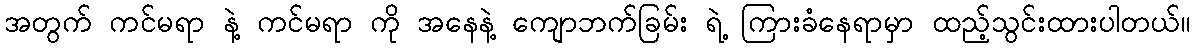
အတွက် ကင်မရာ နဲ့ ကင်မရာ ကို အနေနဲ့ ကျောဘက်ခြမ်း ရဲ့ ကြားခံနေရာမှာ ထည့်သွင်းထားပါတယ်။